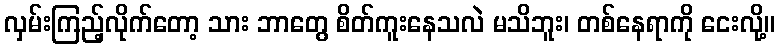
လှမ်းကြည့်လိုက်တော့ သား ဘာတွေ စိတ်ကူးနေသလဲ မသိဘူး၊ တစ်နေရာကို ငေးလို့။